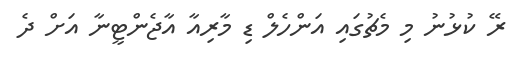
ރޭ ކުޅުނު މި މެޗުގައި އަންހެލް ޑި މާރިއާ އާޖެންޓީނާ އަށް ދެ